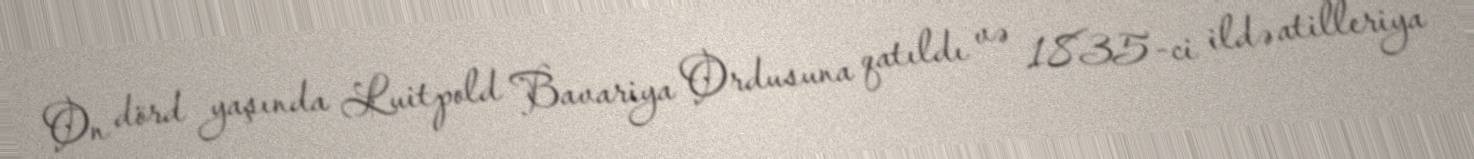
On dörd yaşında Luitpold Bavariya Ordusuna qatıldı və 1835-ci ildə atilleriya